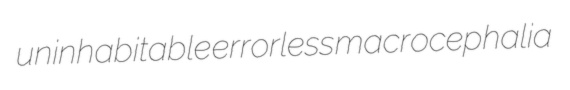
uninhabitable errorless macrocephalia